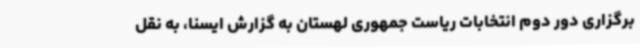
برگزاری دور دوم انتخابات ریاست جمهوری لهستان به گزارش ایسنا، به نقل